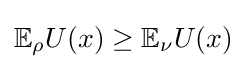
\mathbb {E} _{\rho }U(x)\geq \mathbb {E} _{\nu }U(x)